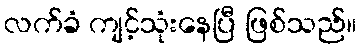
လက်ခံ ကျင့်သုံးနေပြီ ဖြစ်သည်။